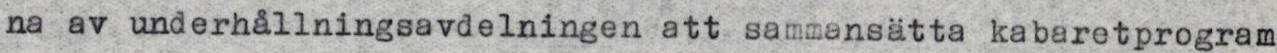
na av underhållningsavdelningen att sammansätta kabaretprogram